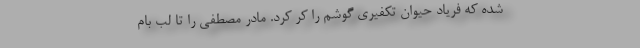
شده که فریاد حیوان تکفیری گوشم را کر کرد. مادر مصطفی را تا لب بام